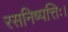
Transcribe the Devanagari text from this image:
रसनिष्पत्तिः।